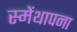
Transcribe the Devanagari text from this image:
स्मेंथापना